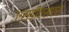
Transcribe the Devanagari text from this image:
एसडीएसएस